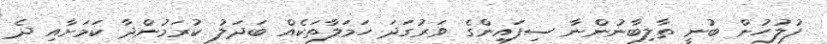
ފުލުހުން ބުނީ ތާލިބާނުންނާ ސިފައިންގެ ވަރުގަދަ ހަމަލާތަކެއް ބަދަލު ކުރަމުންދާ ކަމަށާއި ދެ